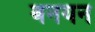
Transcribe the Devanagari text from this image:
बनयन